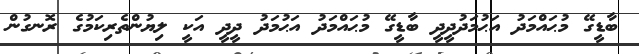
ބާޑީގޭ މުޙައްމަދު އަޙުމަދުދީދީ ބާޑީގޭ މުޙައްމަދު އަޙުމަދު ދީދީ އަކީ ލިޔުންތެރިކަމުގެ ރޮނގުން